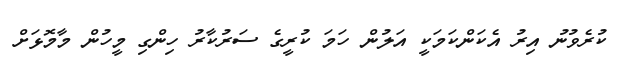
ކުރެވުނު އިރު އެކަންކަމަކީ އަލުން ހަމަ ކުރީގެ ސަރުކާރު ހިންގި މީހުން މާމޮޅަށް